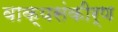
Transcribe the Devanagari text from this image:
वाक्यसंकीर्ण